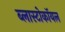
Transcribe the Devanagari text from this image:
ब्लास्टोकॉयल